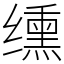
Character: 𫄸